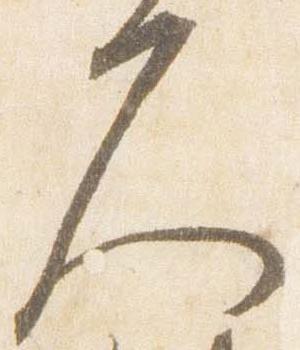
久